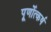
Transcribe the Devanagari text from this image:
पूर्णोत्कर्ष